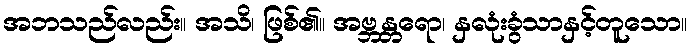
အဘသည်လည်း။ အသိ၊ ဖြစ်၏။ အဗ္ဘန္တရော၊ နှလုံးခွံသာနှင့်တူသော။